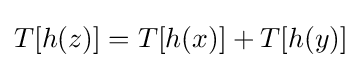
T[h(z)]=T[h(x)]+T[h(y)]